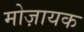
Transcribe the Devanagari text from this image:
मोज़ायक